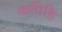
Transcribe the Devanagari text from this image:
कपिहि